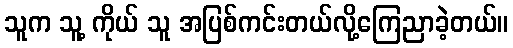
သူက သူ့ ကိုယ် သူ အပြစ်ကင်းတယ်လို့ကြေညာခဲ့တယ်။